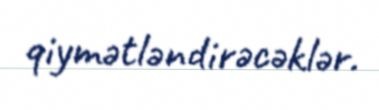
qiymətləndirəcəklər.